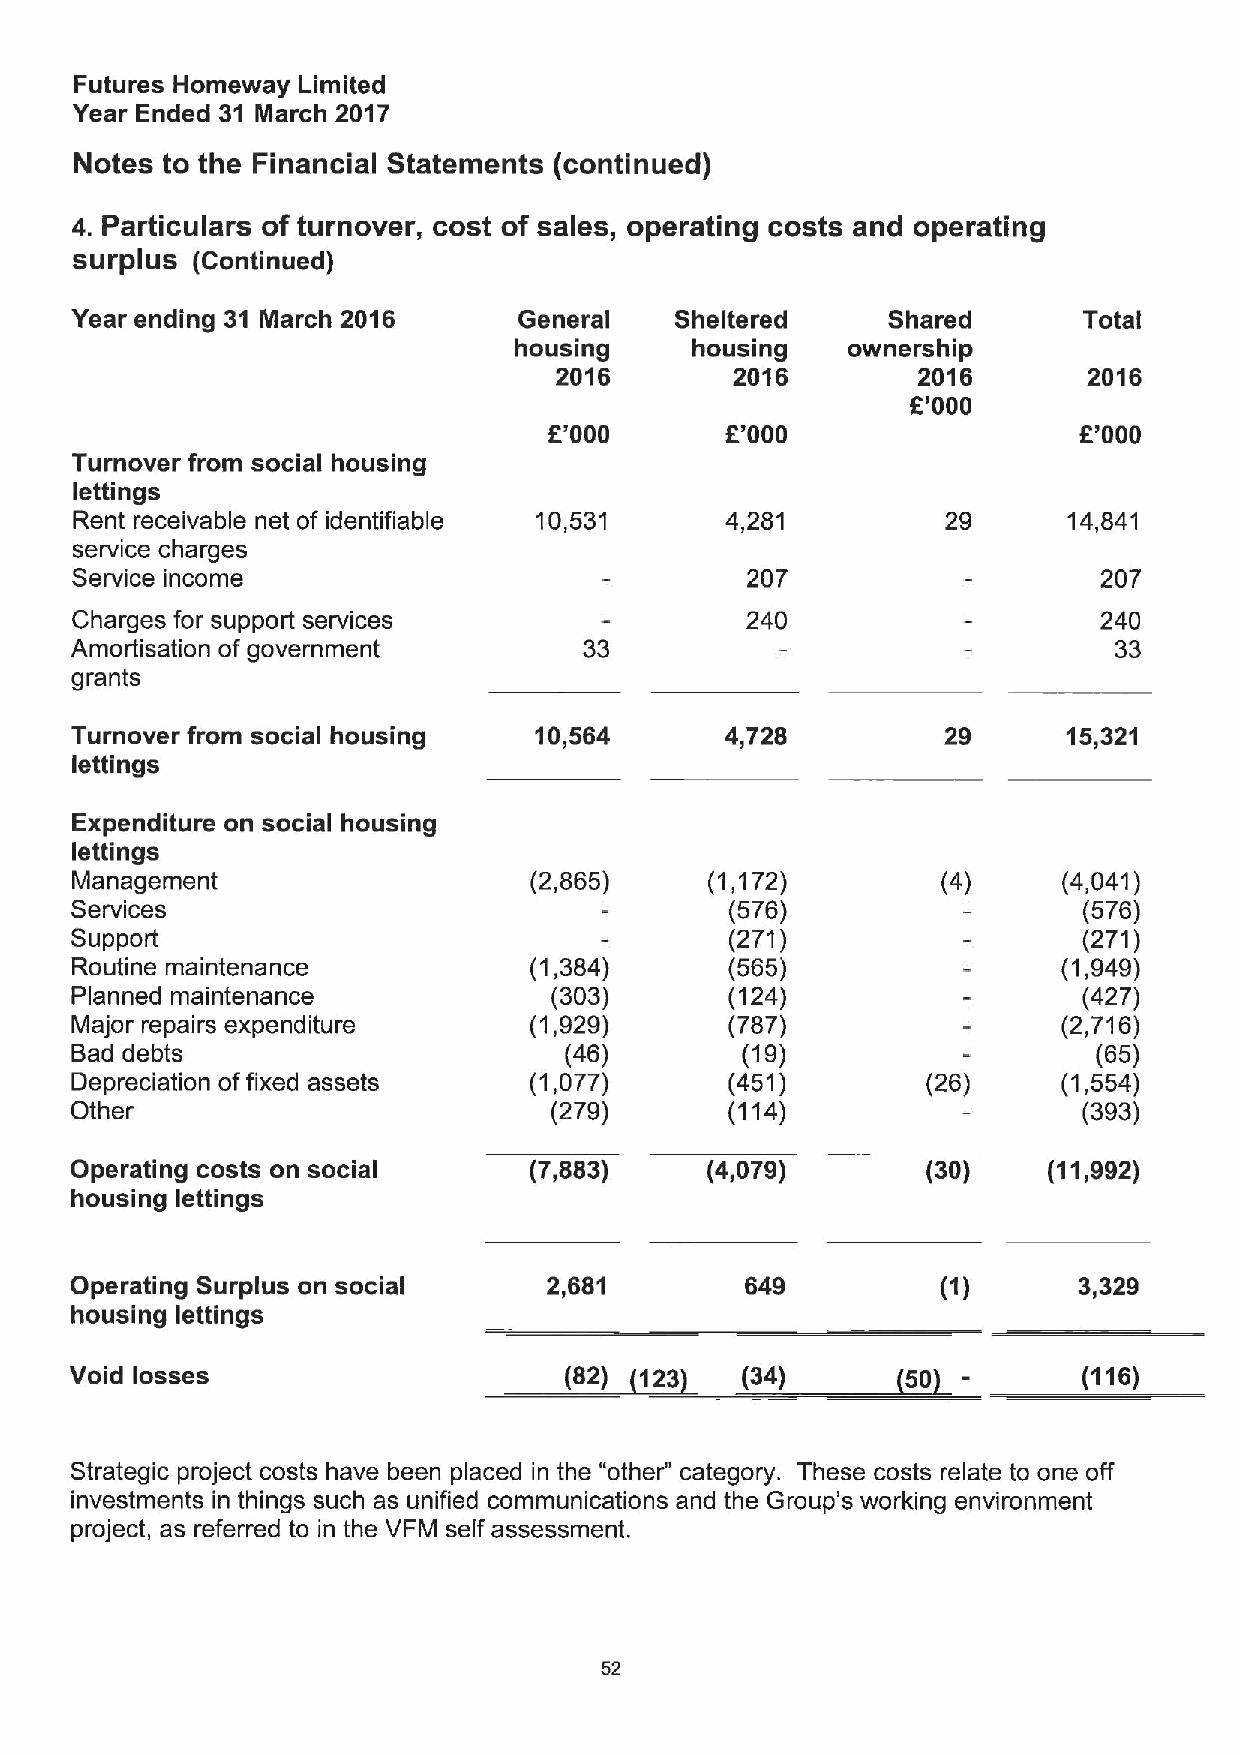
Futures Homeway Limited
 Year Ended 31 March 2017
 Notes to the Financial Statements (continued)
 4. Particulars of turnover, cost of sales, operating costs and operating
 surplus (Continued)
 Year ending 31 March 2016    General    Sheltered     Shared       Total
 housing     housing   ownership
 2016        2016        2016       2016
 E'000
 E'000       F'000                  8'000
 Turnover from social housing
 lettings
 Rent receivable net of identifiable 10,531 4,281          29      14,841
 service charges
 Service income                              207                     207
 Charges for support services                240                     240
 Amortisation of government        33                                 33
 grants
 Turnover from social housing  10,564       4,728          29      15,321
 lettings
 Expenditure on social housing
 lettings
 Management                    (2,865)     (1,172)        (4)     (4,041)
 Services                                   (576)                   (576)
 Support                                    (271)                   (271)
 Routine maintenance           (1,384)      (565)                 (1,949)
 Planned maintenance            (303)       (124)                   (427)
 Major repairs expenditure     (1,929)      (787)                 (2,716)
 Bad debts                       (46)        (19)                    (65)
 Depreciation offixed assets   (1,077)      (451)        (26)     (1,554)
 Other                          (279)       (114)                   (393)
 Operating costs on social     (7,883)     (4,079)       (30)    (11,992)
 housing lettings
 Operating Surplus on social    2,681        649                   3,329
 housing lettings
 Void losses                     (82) (123)  (34)       50          (116)
 Strategic project costs have been placed in the "other" category. These costs relate to one off
 investments in things such as unified communications and the Group's working environment
 project, as referred to in the VFM self assessment.
 52